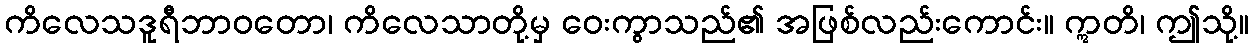
ကိလေသဒူရီဘာဝတော၊ ကိလေသာတို့မှ ဝေးကွာသည်၏ အဖြစ်လည်းကောင်း။ ဣတိ၊ ဤသို့။